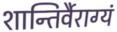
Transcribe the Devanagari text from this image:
शान्तिर्वैराग्यं